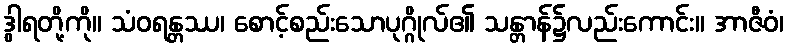
ဒွါရတို့ကို။ သံဝရန္တဿ၊ စောင့်စည်းသောပုဂ္ဂိုလ်၏ သန္တာန်၌လည်းကောင်း။ အာဇီဝံ၊